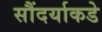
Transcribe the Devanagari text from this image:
सौंदर्याकडे